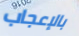
بالإعجاب